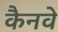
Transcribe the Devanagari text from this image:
कैनवे